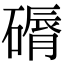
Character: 磭